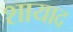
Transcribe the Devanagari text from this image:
शायाद